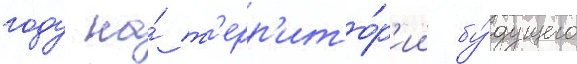
году на́ т'ерр'ито́р'ии бу́дущего